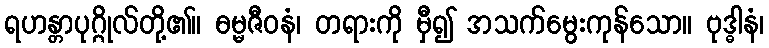
ရဟန္တာပုဂ္ဂိုလ်တို့၏။ ဓမ္မဇီဝနံ၊ တရားကို မှီ၍ အသက်မွေးကုန်သော။ ဗုဒ္ဓါနံ၊